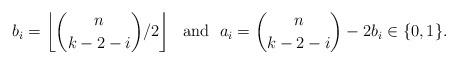
LaTeX: \begin{align*}b_i=\left\lfloor\binom{n}{k-2-i}/2\right\rfloor ~\mbox{ and }~a_i=\binom{n}{k-2-i}-2b_i\in \{0,1\}.\end{align*}